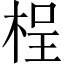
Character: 桯